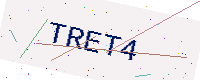
Text: TRET4